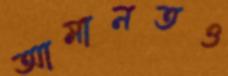
আমানতও